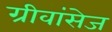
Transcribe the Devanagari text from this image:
ग्रीवांसेज